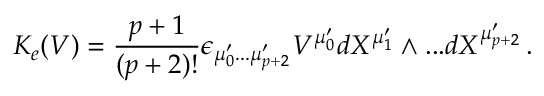
K _ { e } ( V ) = \frac { p + 1 } { ( p + 2 ) ! } \epsilon _ { \mu _ { 0 } ^ { \prime } . . . \mu _ { p + 2 } ^ { \prime } } V ^ { \mu _ { 0 } ^ { \prime } } d X ^ { \mu _ { 1 } ^ { \prime } } \wedge . . . d X ^ { \mu _ { p + 2 } ^ { \prime } } \, .